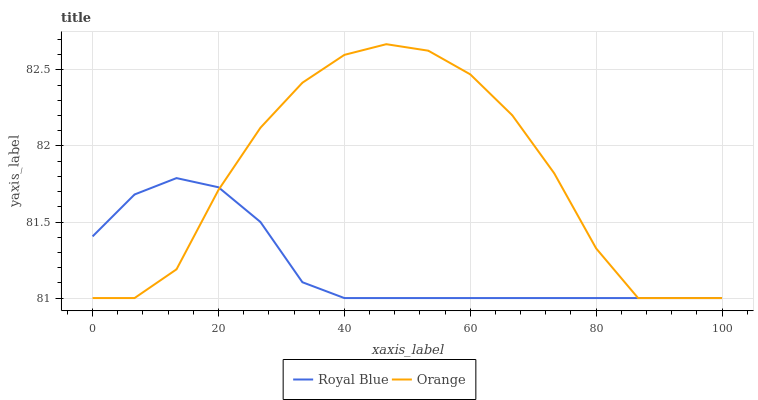
| xaxis_label | Royal Blue | Orange |
 | --- | --- | --- |
 | 0 | 81.4 | 81 |
 | 6.67 | 81.7 | 81 |
 | 13.3 | 81.8 | 81.2 |
 | 20 | 81.7 | 81.7 |
 | 26.7 | 81.5 | 82.1 |
 | 33.3 | 81.1 | 82.4 |
 | 40 | 81 | 82.6 |
 | 46.7 | 81 | 82.7 |
 | 53.3 | 81 | 82.6 |
 | 60 | 81 | 82.5 |
 | 66.7 | 81 | 82.2 |
 | 73.3 | 81 | 81.8 |
 | 80 | 81 | 81.3 |
 | 86.7 | 81 | 81 |
 | 93.3 | 81 | 81 |
 | 100 | 81 | 81 |